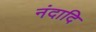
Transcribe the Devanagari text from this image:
नंदादि